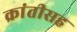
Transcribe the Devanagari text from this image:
क्रांतीसह